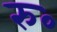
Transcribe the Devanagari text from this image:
रु॰